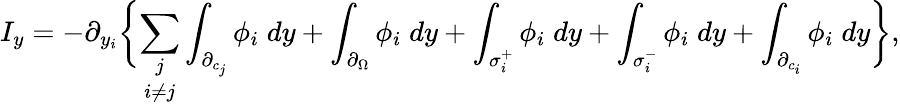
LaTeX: I_{y}=-\partial_{y_{i}}\biggl\{ \underset{i\neq j}{\sum_{j}}\int_{\partial_{c_{j}}}\phi_{i}\; dy+\int_{\partial_{\Omega}}\phi_{i}\; dy+\int_{\sigma_{i}^{+}}\phi_{i}\; dy+\int_{\sigma_{i}^{-}}\phi_{i}\; dy+\int_{\partial_{c_{i}}}\phi_{i}\; dy\biggl\} ,